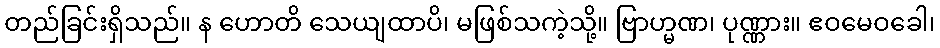
တည်ခြင်းရှိသည်။ န ဟောတိ သေယျထာပိ၊ မဖြစ်သကဲ့သို့။ ဗြာဟ္မဏ၊ ပုဏ္ဏား။ ဧဝမေဝခေါ၊